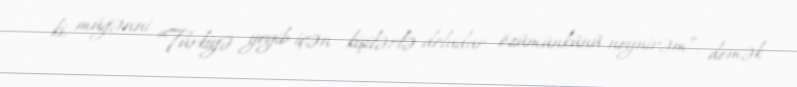
ki, müğənni “Türkiyə yeyib-içən kişilərlə doludur, özümünkünü neynirəm”, demək